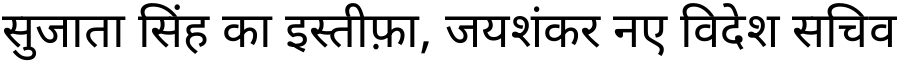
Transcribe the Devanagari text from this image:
सुजाता सिंह का इस्तीफ़ा, जयशंकर नए विदेश सचिव